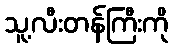
သူ့လီးတန်ကြီးကို